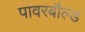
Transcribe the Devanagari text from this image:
पावरबौल्ड